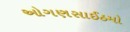
ઓગણસાઈઠમો